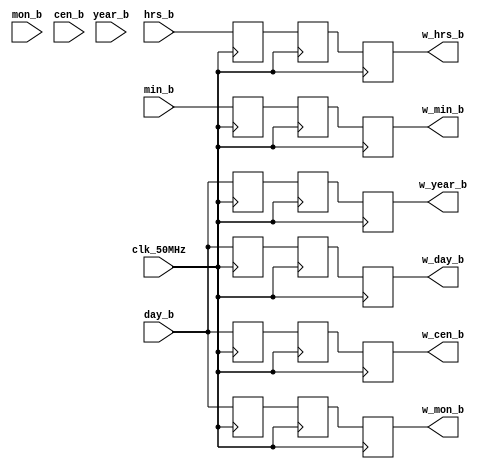
module debounce_button(
	input clk_50MHz,
	input min_b, hrs_b, day_b, mon_b, year_b, cen_b,
	output w_min_b,w_hrs_b,w_day_b,w_mon_b,w_year_b,w_cen_b
);

	reg a,b,c,d,e,f,g,h,i,j,k,l,m,n,p,s,u,v;
	
	// set minutes
	always @(posedge clk_50MHz) begin
        a <= min_b;
        b <= a;
        c <= b;
    end
    assign w_min_b = c;
	 
	 
	 // set hours
	 always @(posedge clk_50MHz) begin
        d <= hrs_b;
        e <= d;
        f <= e;
    end
    assign w_hrs_b = f;
	 
	 
	 // set day
	 always @(posedge clk_50MHz) begin
        g <= day_b;
        h <= g;
        i <= h;
    end
    assign w_day_b = i;
	 
	 // set month
	  always @(posedge clk_50MHz) begin
        j <= day_b;
        k <= j;
        l <= k;
    end
    assign w_mon_b = l;
	 
	 // set year
	  always @(posedge clk_50MHz) begin
        m <= day_b;
        n <= m;
        p <= n;
    end
    assign w_year_b = p;
	 
	 
	 // Set century
	 
	  always @(posedge clk_50MHz) begin
        s <= day_b;
        u <= s;
        v <= u;
    end
    assign w_cen_b = v;

endmodule